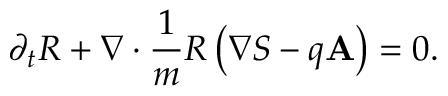
\partial _ { t } R + \boldsymbol { \nabla } \cdot \frac { 1 } { m } R \left( \boldsymbol { \nabla } S - q \mathbf { A } \right) = 0 .